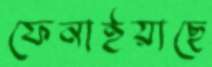
ফেনাইয়াছে